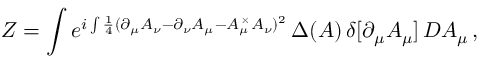
Z = \int e ^ { i \int \frac 1 4 ( \partial _ { \mu } A _ { \nu } - \partial _ { \nu } A _ { \mu } - A _ { \mu } ^ { \, \times } A _ { \nu } ) ^ { 2 } } \, \Delta ( A ) \, \delta [ \partial _ { \mu } A _ { \mu } ] \, { \cal D } A _ { \mu } \, ,